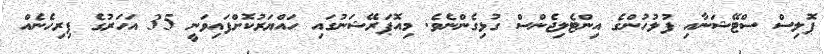
ޕޮލިސް ސްޓޭޝަނާއި ފުލުހުންގެ އިންޓެލިޖެންސް ގުޅިގެންނެވެ. މިއޮޕަރޭޝަނުގައި ހައްޔަރުކޮށްފައިވަނީ 35 އަހަރުގެ ފިރިހެނެއް